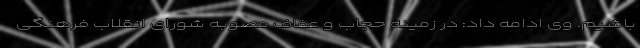
باشیم. وی ادامه داد: در زمینه حجاب و عفاف مصوبه شورای انقلاب فرهنگی